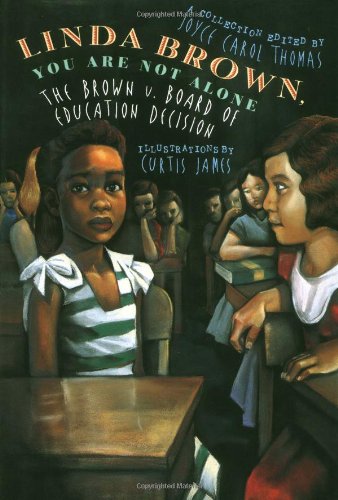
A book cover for Linda Brown, You Are Not Alone: The Brown vs. Board of Education Decision; Joyce Carol Thomas; Children's Books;